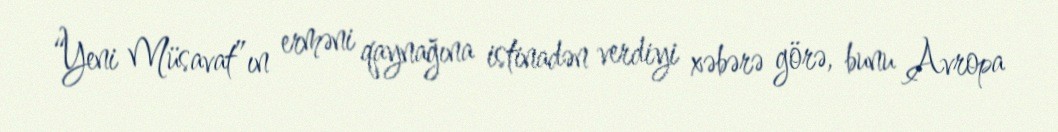
“Yeni Müsavat”ın erməni qaynağına istinadən verdiyi xəbərə görə, bunu Avropa